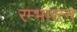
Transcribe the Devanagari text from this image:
रम्भारत्न